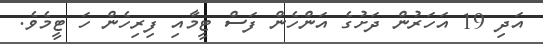
އަދި 19 އަހަރުން ދަށުގެ އަންހެން ފަސް ޓީމާއި ފިރިހެން ހަ ޓީމެވެ.